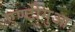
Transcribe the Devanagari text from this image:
एण्टीगुआ